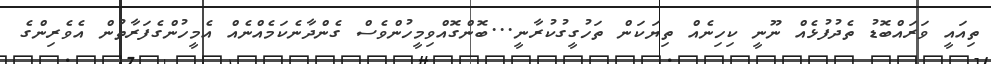
ތިއައީ ވަރައްބޮޑު ތެދުފުޅެއް ނޫނީ ކިހިނެއް ތިޔަކަން ތަހުގީގުކުރާނީ...ބޮންގޮއްވިމީހުންވެސް ގެންދާނެކަމެއްނެއް އެމީހުންގެފަރާތުން އެވެރިންގެ